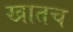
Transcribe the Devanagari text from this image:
खातच